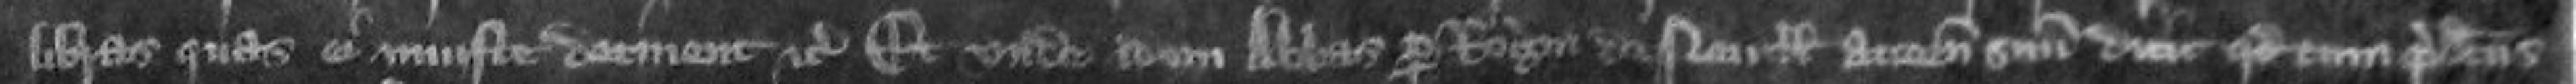
libras quas ei iniuste detinent etc Et unde idem abbas per Rogerum de Nevill attornatum suum dicit quod cum predictus